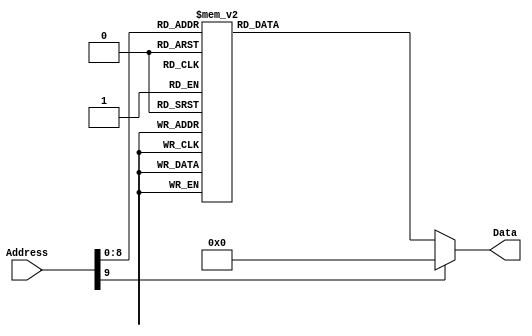
/******************************************************************************
 ** Logisim goes FPGA automatic generated Verilog code                       **
 **                                                                          **
 ** Component : ROM_IRPLACE                                                  **
 **                                                                          **
 ******************************************************************************/

`timescale 1ns/1ps
module ROM_IRPLACE( Address,
                    Data);

   /***************************************************************************
    ** Here the inputs are defined                                           **
    ***************************************************************************/
   input[9:0]  Address;

   /***************************************************************************
    ** Here the outputs are defined                                          **
    ***************************************************************************/
   output[31:0] Data;
   reg[31:0] Data;

   always @ (Address)
   begin
      case(Address)
         0 : Data = 1258291311;
         1 : Data = 403249251;
         2 : Data = 268960567;
         3 : Data = 1245971;
         4 : Data = 6299683;
         5 : Data = 268960567;
         6 : Data = 197395;
         7 : Data = 6300195;
         8 : Data = 520651575;
         9 : Data = -470613229;
         10 : Data = 6300707;
         11 : Data = 17302327;
         12 : Data = 537068307;
         13 : Data = 6301219;
         14 : Data = -519568585;
         15 : Data = 537068307;
         16 : Data = 6301731;
         17 : Data = 16810807;
         18 : Data = -8191213;
         19 : Data = 6302243;
         20 : Data = 16794423;
         21 : Data = 197395;
         22 : Data = 6302755;
         23 : Data = -16760009;
         24 : Data = 197395;
         25 : Data = 6303267;
         26 : Data = 269472567;
         27 : Data = -8191213;
         28 : Data = 39854115;
         29 : Data = 268964663;
         30 : Data = -2147286253;
         31 : Data = 39854627;
         32 : Data = 268964663;
         33 : Data = -2147286253;
         34 : Data = 39855139;
         35 : Data = 335024951;
         36 : Data = -2147286253;
         37 : Data = 39855651;
         38 : Data = 302777143;
         39 : Data = -1879899373;
         40 : Data = 39856163;
         41 : Data = 302646071;
         42 : Data = 134415123;
         43 : Data = 39856675;
         44 : Data = 305791799;
         45 : Data = 134415123;
         46 : Data = 39857187;
         47 : Data = 270664503;
         48 : Data = 134415123;
         49 : Data = 39857699;
         50 : Data = 270730039;
         51 : Data = -268238061;
         52 : Data = 73408547;
         53 : Data = 300024631;
         54 : Data = 8586003;
         55 : Data = 73409059;
         56 : Data = 285213495;
         57 : Data = 8586003;
         58 : Data = 73409571;
         59 : Data = 285213495;
         60 : Data = 8586003;
         61 : Data = 73410083;
         62 : Data = -12586185;
         63 : Data = 2139292435;
         64 : Data = 73410595;
         65 : Data = 18879287;
         66 : Data = -2147286253;
         67 : Data = 73411107;
         68 : Data = 18879287;
         69 : Data = -2147286253;
         70 : Data = 73411619;
         71 : Data = 18879287;
         72 : Data = -2147286253;
         73 : Data = 73412131;
         74 : Data = -114425033;
         75 : Data = 1072890643;
         76 : Data = 106962979;
         77 : Data = 1091048247;
         78 : Data = -2147286253;
         79 : Data = 106963491;
         80 : Data = 1091048247;
         81 : Data = -2147286253;
         82 : Data = 106964003;
         83 : Data = 1091048247;
         84 : Data = -2147286253;
         85 : Data = 106964515;
         86 : Data = 536363831;
         87 : Data = -259849453;
         88 : Data = 106965027;
         89 : Data = 9015;
         90 : Data = 8586003;
         91 : Data = 106965539;
         92 : Data = 9015;
         93 : Data = 8586003;
         94 : Data = 106966051;
         95 : Data = 536806199;
         96 : Data = 8586003;
         97 : Data = 106966563;
         98 : Data = 35653779;
         99 : Data = 115;
         100 : Data = 1050899;
         101 : Data = 2097267;
         102 : Data = 403249251;
         103 : Data = 383845175;
         104 : Data = -7142637;
         105 : Data = 6299683;
         106 : Data = 268702519;
         107 : Data = -528284909;
         108 : Data = 6300195;
         109 : Data = 268903223;
         110 : Data = 69403411;
         111 : Data = 6300707;
         112 : Data = 284967735;
         113 : Data = -8191213;
         114 : Data = 6301219;
         115 : Data = 1200951;
         116 : Data = 153289491;
         117 : Data = 6301731;
         118 : Data = -15428809;
         119 : Data = 178455315;
         120 : Data = 6302243;
         121 : Data = 5919543;
         122 : Data = 207815443;
         123 : Data = 6302755;
         124 : Data = -2854089;
         125 : Data = 1240662803;
         126 : Data = 6303267;
         127 : Data = 135283511;
         128 : Data = 1252197139;
         129 : Data = 39854115;
         130 : Data = 1511564087;
         131 : Data = 1834156819;
         132 : Data = 39854627;
         133 : Data = -1525415113;
         134 : Data = 1252197139;
         135 : Data = 39855139;
         136 : Data = 1610613559;
         137 : Data = -806157549;
         138 : Data = 39855651;
         139 : Data = 277394231;
         140 : Data = 177406739;
         141 : Data = 39856163;
         142 : Data = 341119799;
         143 : Data = 142803731;
         144 : Data = 39856675;
         145 : Data = -199081161;
         146 : Data = 1956840211;
         147 : Data = 39857187;
         148 : Data = 100623159;
         149 : Data = 1117979411;
         150 : Data = 39857699;
         151 : Data = -8109257;
         152 : Data = 1352860435;
         153 : Data = 73408547;
         154 : Data = 289891127;
         155 : Data = -728562925;
         156 : Data = 73409059;
         157 : Data = 1226855223;
         158 : Data = 617808659;
         159 : Data = 73409571;
         160 : Data = -14691529;
         161 : Data = 347276051;
         162 : Data = 73410083;
         163 : Data = 542122807;
         164 : Data = -40697069;
         165 : Data = 73410595;
         166 : Data = 278225719;
         167 : Data = -1986854125;
         168 : Data = 73411107;
         169 : Data = -921423049;
         170 : Data = 1389560595;
         171 : Data = 73411619;
         172 : Data = 536081207;
         173 : Data = 546505491;
         174 : Data = 73412131;
         175 : Data = -2146229449;
         176 : Data = 1609761555;
         177 : Data = 106962979;
         178 : Data = -2138668233;
         179 : Data = 1212351251;
         180 : Data = 106963491;
         181 : Data = -1610722505;
         182 : Data = 1279460115;
         183 : Data = 106964003;
         184 : Data = 4207415;
         185 : Data = 1551041299;
         186 : Data = 106964515;
         187 : Data = 809784119;
         188 : Data = 690160403;
         189 : Data = 106965027;
         190 : Data = -58813641;
         191 : Data = 1607664403;
         192 : Data = 106965539;
         193 : Data = 1276257079;
         194 : Data = -2002582765;
         195 : Data = 106966051;
         196 : Data = 54071;
         197 : Data = 75694867;
         198 : Data = 106966563;
         199 : Data = 35653779;
         200 : Data = 115;
         201 : Data = 1050899;
         202 : Data = 2097267;
         203 : Data = 67701347;
         204 : Data = 32506643;
         205 : Data = 375654499;
         206 : Data = 1049363;
         207 : Data = 6554547;
         208 : Data = 7544371;
         209 : Data = 2399891;
         210 : Data = 962307;
         211 : Data = 30375859;
         212 : Data = 336566883;
         213 : Data = 6554675;
         214 : Data = 30371635;
         215 : Data = 1990163;
         216 : Data = 30363443;
         217 : Data = 32415779;
         218 : Data = 35653779;
         219 : Data = 115;
         220 : Data = 32506771;
         221 : Data = 7603299;
         222 : Data = 2097267;
         223 : Data = 544508003;
         224 : Data = 2097267;
         225 : Data = 67701347;
         226 : Data = 915;
         227 : Data = 276040803;
         228 : Data = 1049363;
         229 : Data = 1080296371;
         230 : Data = 7544371;
         231 : Data = 2399891;
         232 : Data = 962307;
         233 : Data = 30375859;
         234 : Data = 235904611;
         235 : Data = 1080296499;
         236 : Data = 30371635;
         237 : Data = 1973779;
         238 : Data = 30363443;
         239 : Data = 32415779;
         240 : Data = 35653779;
         241 : Data = 115;
         242 : Data = 32506771;
         243 : Data = 7603299;
         244 : Data = 2097267;
         245 : Data = 443845731;
         246 : Data = 2097267;
         247 : Data = 101253219;
         248 : Data = 32506771;
         249 : Data = 208961635;
         250 : Data = 1049363;
         251 : Data = 8592947;
         252 : Data = 6587315;
         253 : Data = 2334355;
         254 : Data = 962307;
         255 : Data = 30375859;
         256 : Data = 168792675;
         257 : Data = 6587571;
         258 : Data = 30371635;
         259 : Data = 32415779;
         260 : Data = 4195219;
         261 : Data = 1082035891;
         262 : Data = 962307;
         263 : Data = 30363443;
         264 : Data = 32415779;
         265 : Data = 35653779;
         266 : Data = 115;
         267 : Data = 32506771;
         268 : Data = 7603299;
         269 : Data = 2097267;
         270 : Data = 343181923;
         271 : Data = 2097267;
         272 : Data = 915;
         273 : Data = 75042403;
         274 : Data = 915;
         275 : Data = 74746979;
         276 : Data = 1049363;
         277 : Data = 8592947;
         278 : Data = 1080329139;
         279 : Data = 2334355;
         280 : Data = 962307;
         281 : Data = 30375859;
         282 : Data = 34578019;
         283 : Data = 1080329395;
         284 : Data = 30371635;
         285 : Data = 32415779;
         286 : Data = 5148307;
         287 : Data = 962307;
         288 : Data = 30363443;
         289 : Data = 32415779;
         290 : Data = 35653779;
         291 : Data = 115;
         292 : Data = 32506771;
         293 : Data = 7603299;
         294 : Data = 2097267;
         295 : Data = 242518115;
         296 : Data = 2097267;
         297 : Data = 104858899;
         298 : Data = 115;
         299 : Data = 2097267;
         300 : Data = 1043;
         301 : Data = 1171;
         302 : Data = 285770551;
         303 : Data = -813497581;
         304 : Data = 6302755;
         305 : Data = 454300471;
         306 : Data = -2013068525;
         307 : Data = 6303267;
         308 : Data = 356389687;
         309 : Data = 260244243;
         310 : Data = 39854115;
         311 : Data = 287449911;
         312 : Data = 134415123;
         313 : Data = 39854627;
         314 : Data = 287474487;
         315 : Data = -813497581;
         316 : Data = 39855139;
         317 : Data = 101602103;
         318 : Data = -368901357;
         319 : Data = 39856675;
         320 : Data = 34124599;
         321 : Data = -1979514093;
         322 : Data = 39857187;
         323 : Data = 34534199;
         324 : Data = -469564653;
         325 : Data = 39857699;
         326 : Data = 34120503;
         327 : Data = 604177171;
         328 : Data = 73408547;
         329 : Data = 122598199;
         330 : Data = -469564653;
         331 : Data = 73409059;
         332 : Data = 118117175;
         333 : Data = -335346925;
         334 : Data = 73410595;
         335 : Data = 17478455;
         336 : Data = -1442643181;
         337 : Data = 73411107;
         338 : Data = 118420279;
         339 : Data = -368901357;
         340 : Data = 73411619;
         341 : Data = 67810103;
         342 : Data = -905772269;
         343 : Data = 73412131;
         344 : Data = 122336055;
         345 : Data = -1409088749;
         346 : Data = 106962979;
         347 : Data = 35653779;
         348 : Data = 115;
         349 : Data = 19;
         350 : Data = 19;
         351 : Data = 19;
         352 : Data = 19;
         353 : Data = 19;
         354 : Data = -18878353;
         355 : Data = 1051027;
         356 : Data = 787;
         357 : Data = 6299683;
         358 : Data = 787;
         359 : Data = 6300195;
         360 : Data = 787;
         361 : Data = 6300707;
         362 : Data = 787;
         363 : Data = 6301219;
         364 : Data = 787;
         365 : Data = 6301731;
         366 : Data = 787;
         367 : Data = 6302243;
         368 : Data = 787;
         369 : Data = 6302755;
         370 : Data = 787;
         371 : Data = 6303267;
         372 : Data = 787;
         373 : Data = 39854115;
         374 : Data = 787;
         375 : Data = 39854627;
         376 : Data = 787;
         377 : Data = 39855139;
         378 : Data = 787;
         379 : Data = 39855651;
         380 : Data = 787;
         381 : Data = 39856163;
         382 : Data = 1970762551;
         383 : Data = 1998783251;
         384 : Data = 39856675;
         385 : Data = 1162105655;
         386 : Data = 1143145235;
         387 : Data = 39857187;
         388 : Data = 1967420215;
         389 : Data = 1998783251;
         390 : Data = 39857699;
         391 : Data = 356795191;
         392 : Data = 285410067;
         393 : Data = 73408547;
         394 : Data = 2004316983;
         395 : Data = 1998783251;
         396 : Data = 73409059;
         397 : Data = 787;
         398 : Data = 73409571;
         399 : Data = 787;
         400 : Data = 73410083;
         401 : Data = 787;
         402 : Data = 73410595;
         403 : Data = 787;
         404 : Data = 73411107;
         405 : Data = 787;
         406 : Data = 73411619;
         407 : Data = 787;
         408 : Data = 73412131;
         409 : Data = 787;
         410 : Data = 106962979;
         411 : Data = 787;
         412 : Data = 106963491;
         413 : Data = 787;
         414 : Data = 106964003;
         415 : Data = 787;
         416 : Data = 106964515;
         417 : Data = 787;
         418 : Data = 106965027;
         419 : Data = 787;
         420 : Data = 106965539;
         421 : Data = 787;
         422 : Data = 106966051;
         423 : Data = 787;
         424 : Data = 106966563;
         425 : Data = 35653779;
         426 : Data = 115;
         427 : Data = -325062545;
         default : Data = 0;
      endcase
   end

endmodule